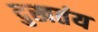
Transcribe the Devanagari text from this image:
दुखतंय